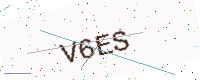
Text: V6ES